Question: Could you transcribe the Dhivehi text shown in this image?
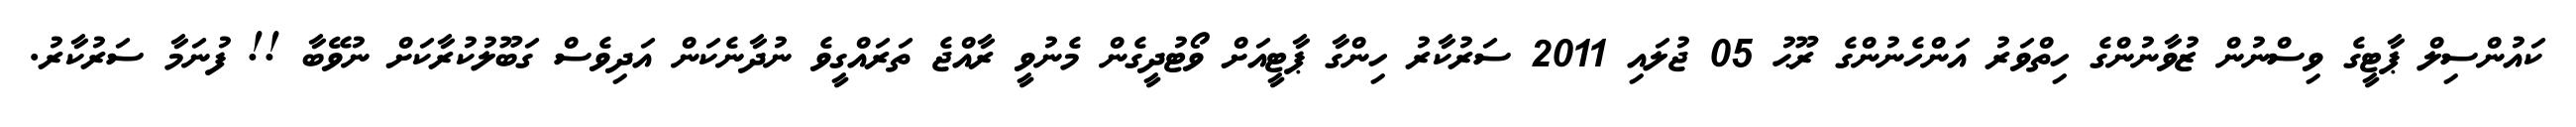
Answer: ކައުންސިލް ޕާޓީގެ ވިސްނުން ޒުވާނުންގެ ހިތްވަރު އަންހެނުންގެ ރޫޙު 05 ޖުލައި 2011 ސަރުކާރު ހިންގާ ޕާޓީއަށް ވޯޓުދީގެން މެނުވީ ރާއްޖެ ތަރައްގީވެ ނުދާނެކަން އަދިވެސް ގަބޫލުކުރާކަށް ނުވޭބާ !! ފުނަމާ ސަރުކާރު.